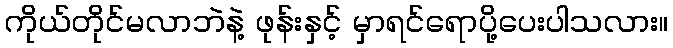
ကိုယ်တိုင်မလာဘဲနဲ့ ဖုန်းနှင့် မှာရင်ရောပို့ပေးပါသလား။